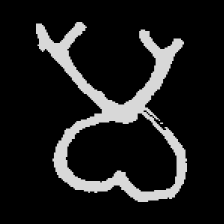
Pyu character \u2014 Myanmar letter: မ (romanized: ma)